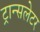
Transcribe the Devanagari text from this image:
ट्रान्सलेटर